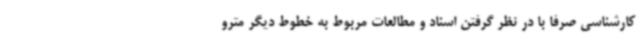
کارشناسی صرفا با در نظر گرفتن اسناد و مطالعات مربوط به خطوط دیگر مترو